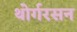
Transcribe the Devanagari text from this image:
थोर्गरसन